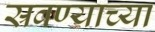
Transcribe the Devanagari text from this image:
स्रवण्याच्या